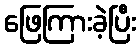
ဖြေကြားခဲ့ပြီး